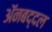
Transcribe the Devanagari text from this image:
अॅनबद्दल